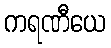
ကရဏီယေ